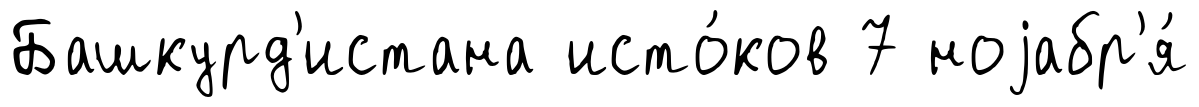
Башкурд'истана исто́ков 7 ноjабр'я́